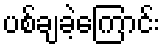
ပစ်ချခဲ့ကြောင်း